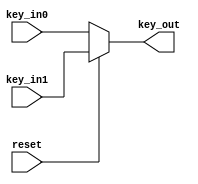
`timescale 1ns / 1ps
//////////////////////////////////////////////////////////////////////////////////
// Company: 
// Engineer: 
// 
// Design Name: 
// Module Name: Muxkey
// Project Name: 
// Target Devices: 
// Tool Versions: 
// Description: 
// 
// Dependencies: 
// 
// Revision:
// Revision 0.01 - File Created
// Additional Comments:
// 
//////////////////////////////////////////////////////////////////////////////////


module Muxkey(
    input [79:0] key_in0,
    input [79:0] key_in1,
    input reset,
    output reg [79:0] key_out
    );
 always @(key_in0 or key_in1 or reset)
 if (reset== 0)
 key_out = key_in0;
 else key_out = key_in1;
endmodule